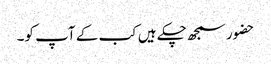
حضور سمجھ چکے ہیں کب کے آپ کو۔